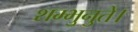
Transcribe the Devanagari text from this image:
शम्भुनुते।